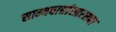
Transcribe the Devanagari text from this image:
साम्यवाद्यांसारख्पा